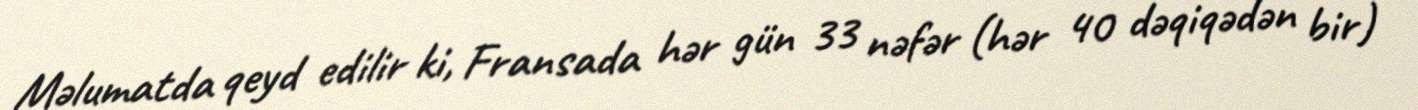
Məlumatda qeyd edilir ki, Fransada hər gün 33 nəfər (hər 40 dəqiqədən bir)